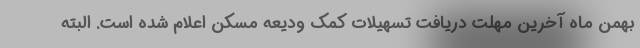
بهمن ماه آخرین مهلت دریافت تسهیلات کمک ودیعه مسکن اعلام شده است. البته